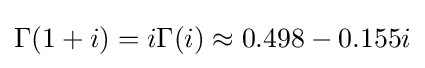
\Gamma (1+i)=i\Gamma (i)\approx 0.498-0.155i